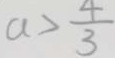
a > \frac { 4 } { 3 }